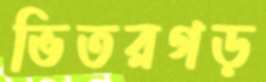
ভিতরগড়